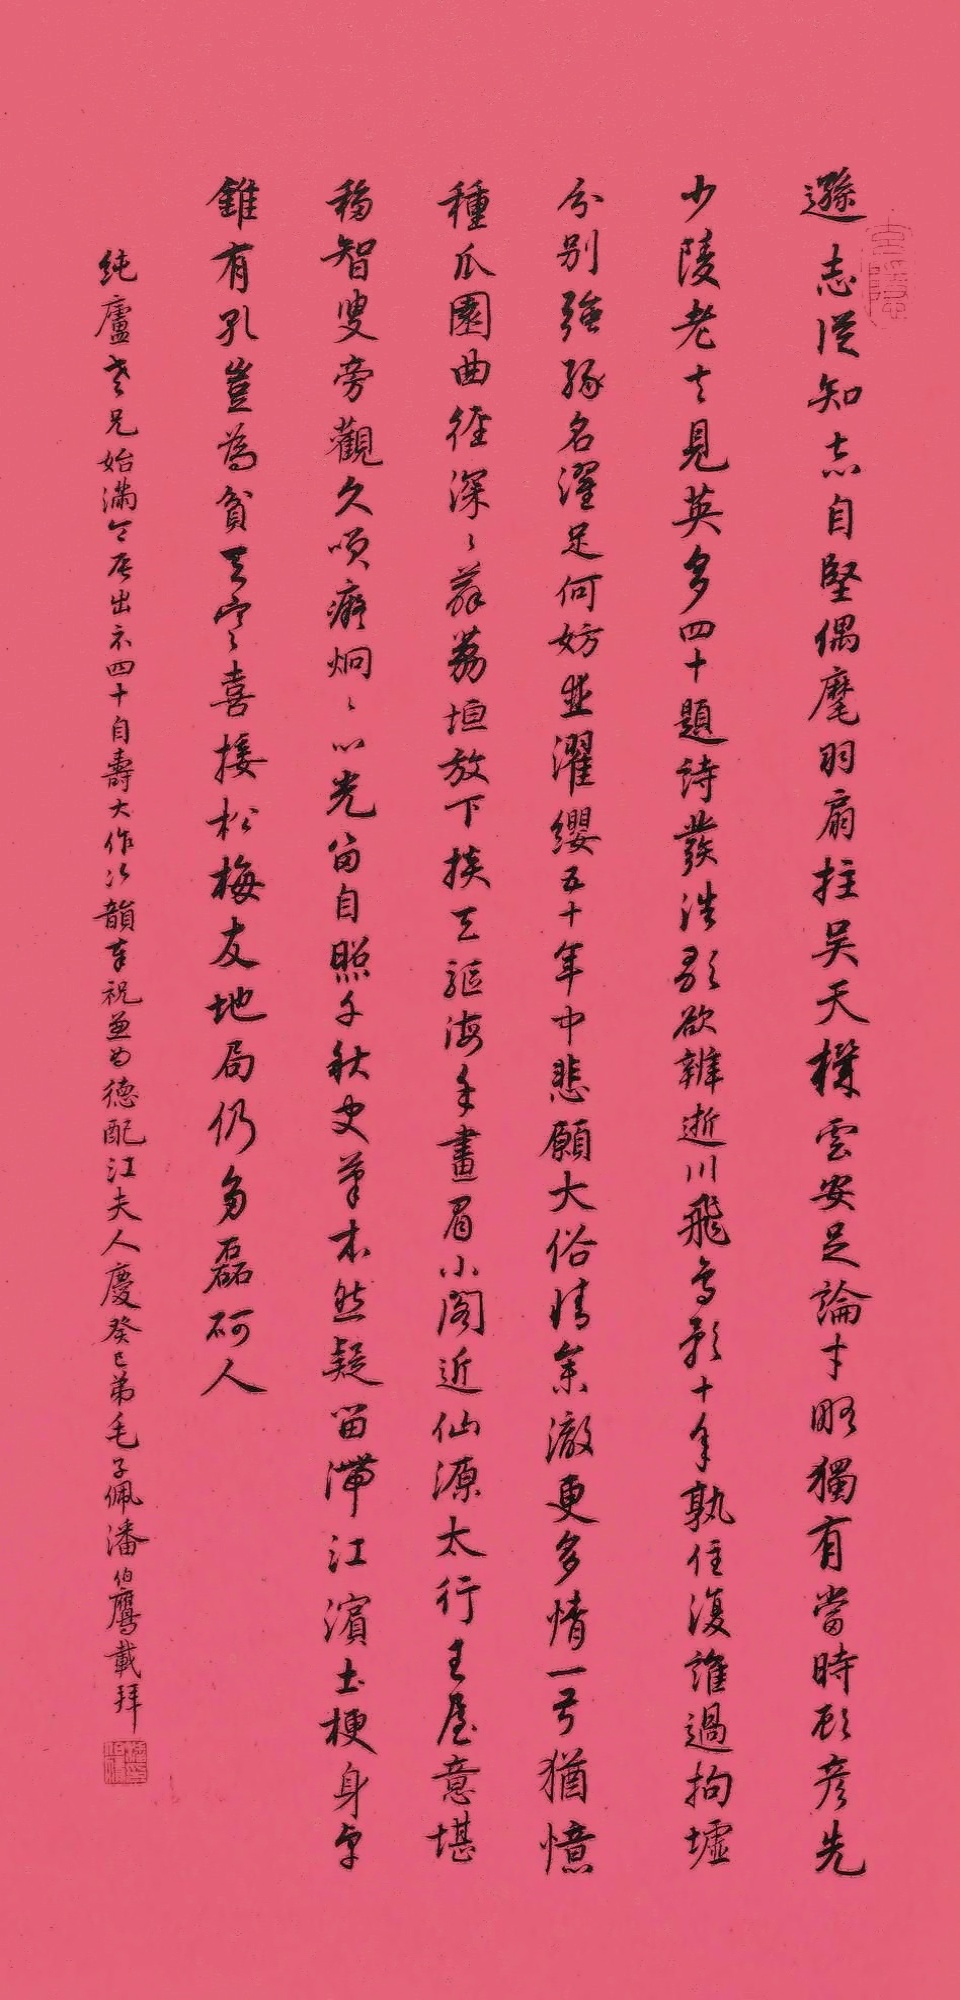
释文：逊志从知志自坚，偶麾羽扇拄吴天。机云安足论才略，独有当时顾彦先。少陵老去见英多，四十题诗发浩歌。欲辨逝川飞鸟影，十年孰住复谁过。拘墟分别强缘名，濯足何妨并濯缨。五十年中悲愿大，俗情集澈更多情。一弓犹忆种瓜园，曲径深深薜荔垣。放下掞天驱海手，画眉小阁近仙源。太行王屋意堪移，智叟旁观久笑痴。炯炯心光留自照，千秋史学本然疑。留滞江滨土埂身，卓锥有空岂为贫。天寒喜接松梅友，地局仍多磊砢人。纯庐老兄始满令辰，出示四十自寿大作。次韵奉祝，兼为德配江夫人庆。癸巳，弟毛子佩、潘伯鹰载拜。